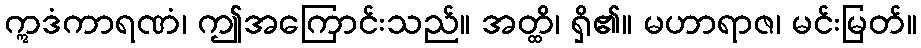
ဣဒံကာရဏံ၊ ဤအကြောင်းသည်။ အတ္ထိ၊ ရှိ၏။ မဟာရာဇ၊ မင်းမြတ်။